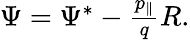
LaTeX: \begin{array}{r}{\Psi=\Psi^{\ast}-\frac{p_{\parallel}}{q}{R}.}\end{array}